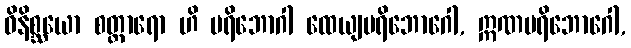
ဝိနိစ္ဆယော စတ္တာရော ဟိ ပရိဘောဂါ ထေယျပရိဘောဂေါ, ဣဏပရိဘောဂေါ,